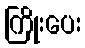
ကြိုးပေး